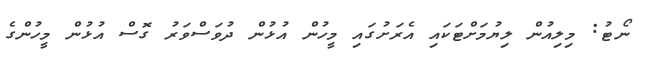
ނޯޓު: މިލިއުން ލިޔުމަށްޓަކައި އެރަށުގައި މީހުން އުޅުން ދުވަސްވަރު ގޮސް އުޅުން މީހުންގެ